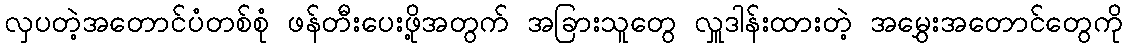
လှပတဲ့အတောင်ပံတစ်စုံ ဖန်တီးပေးဖို့အတွက် အခြားသူတွေ လှူဒါန်းထားတဲ့ အမွှေးအတောင်တွေကို